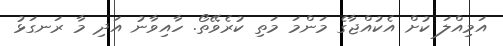
އަމިއްލަ ކުށް އެކުއްޖާގެ މަންމަ މަތި ކުރެވޭތޯ. ހާއިވާނު އަދި މާ ރަނގަޅު